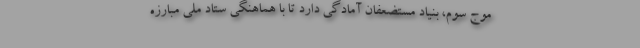
موج سوم، بنیاد مستضعفان آمادگی دارد تا با هماهنگی ستاد ملی مبارزه